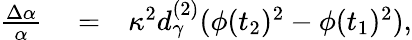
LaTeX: \begin{array}{rlr}{\frac{\Delta\alpha}{\alpha}}&{{}=}&{\kappa^{2}d_{\gamma}^{(2)}(\phi(t_{2})^{2}-\phi(t_{1})^{2}),}\end{array}